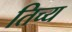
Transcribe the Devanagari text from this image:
तिच्य